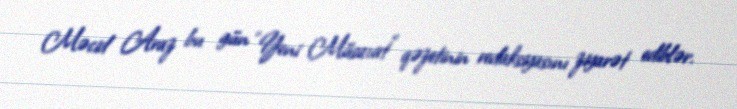
Məcid Araz bu gün “Yeni Müsavat” qəzetinin redaksiyasını ziyarət ediblər.